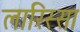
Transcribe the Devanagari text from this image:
लारिस्सा